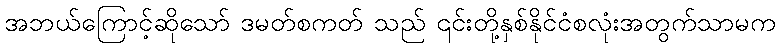
အဘယ်ကြောင့်ဆိုသော် ဒမတ်စကတ် သည် ၎င်းတို့နှစ်နိုင်ငံစလုံးအတွက်သာမက